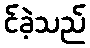
င်ခဲ့သည်